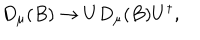
D _ { \mu } ( B ) \rightarrow U D _ { \mu } ( B ) U ^ { \dagger } ,